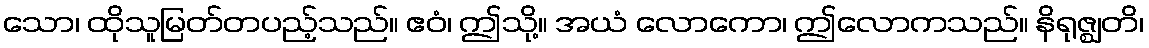
သော၊ ထိုသူမြတ်တပည့်သည်။ ဧဝံ၊ ဤသို့။ အယံ လောကော၊ ဤလောကသည်။ နိရုဇ္ဈတိ၊